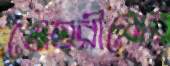
মেহরীনের